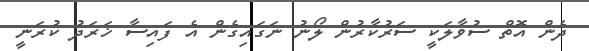
ދެން އޮތް ސުވާލަކީ ސަރުކާރުން ލޯނު ނަގައިގެން އެ ފައިސާ ޚަރަދު ކުރަނީ